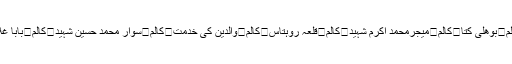
ہم شرمندہ ہیں / راجہ غلام قنبر	کالم	کیپٹن نجم شہید آف گلور تھوہا خالصہ	کالم	بوھلی کتا	کالم	میجرمحمد اکرم شہید	کالم	قلعہ روہتاس	کالم	والدین کی خدمت	کالم	سوار محمد حسین شہید	کالم	بابا غلام باد شاہ نوتھیہ شریف/ چوہدری محمد اشفاق کالم	نئی نسل منشیات کی عادی ۔